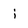
Character: i